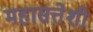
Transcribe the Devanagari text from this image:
महासत्तेशी